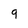
Character: 9